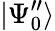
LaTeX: |\Psi_{0}^{\prime\prime}\rangle